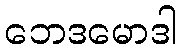
ဘေဒမောဒါ